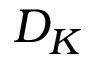
D _ { K }